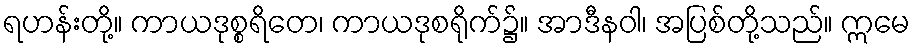
ရဟန်းတို့။ ကာယဒုစ္စရိတေ၊ ကာယဒုစရိုက်၌။ အာဒီနဝါ၊ အပြစ်တို့သည်။ ဣမေ